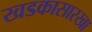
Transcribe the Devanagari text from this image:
खडकासारखा